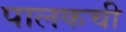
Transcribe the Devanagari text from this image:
पालकची